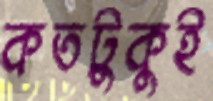
কতটুকুই